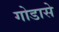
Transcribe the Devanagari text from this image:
गोडासे